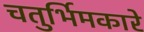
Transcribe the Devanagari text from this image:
चतुर्भिमकारे